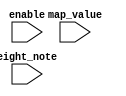
module BeatSynt(
input 		enable,
input	[2:0] map_value,
input [9:0] eight_note
);

always @(enable) begin
case (map_value)
	0: ;// 
	1:	;//
	2:	;//
	3:	;//
	4:	;//  
	5:	;//  
	6:	;//  
	7:	;//, , 
endcase
end

endmodule